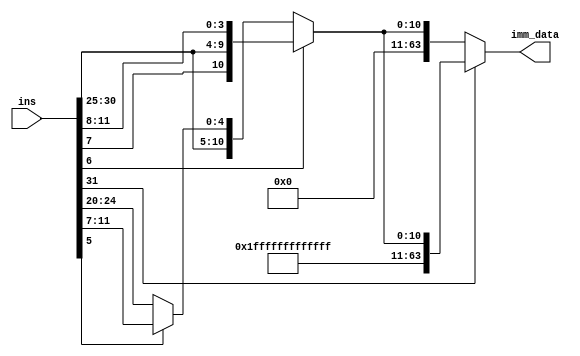
`timescale 1ns / 1ps
module imm_gen(
    input [31:0] ins,
    output reg [63:0] imm_data
);
reg [11:0] imm;
always @(ins or imm)
begin
    if (ins[6] == 1'b1)
        imm <= {ins[31], ins[7], ins[30:25], ins[11:8]}; //SB format
    else begin
        if (ins[5] == 1'b1)
            imm <= {ins[31:25],ins[11:7]}; //S format
        else
            imm <= {ins[31:20]}; //I format
    end
    if (imm[11] == 0)
        imm_data <= {52'd0, imm};
    else
        imm_data <= {52'hFFFFFFFFFFFFF, imm}; //00000010100001010011010010000011
    end
endmodule